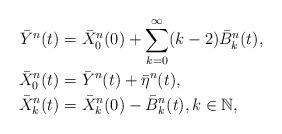
LaTeX: \begin{align*}{\bar{Y}}^{n}(t)& ={\bar{X}}_{0}^{n}(0)+\sum_{k=0}^{\infty }(k-2){\bar{B}}_{k}^{n}(t), \\{\bar{X}}_{0}^{n}(t)& ={\bar{Y}}^{n}(t)+{\bar{\eta}}^{n}(t), \\{\bar{X}}_{k}^{n}(t)& ={\bar{X}}_{k}^{n}(0)-{\bar{B}}_{k}^{n}(t),k\in \mathbb{N}, \end{align*}